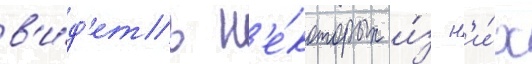
в'и́д'еть н'е́которых и́з н'и́х